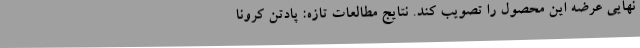
نهایی عرضه این محصول را تصویب کند. نتایج مطالعات تازه: پادتن کرونا